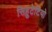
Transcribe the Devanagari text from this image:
सिहुटेटियो